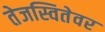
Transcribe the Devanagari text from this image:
तेजस्वितेवर